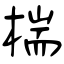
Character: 椯